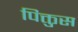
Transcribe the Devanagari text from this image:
पिक्तुस